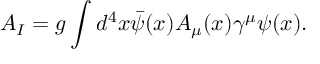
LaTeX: { \cal A } _ { I } = g \int d ^ { 4 } x \bar { \psi } ( x ) A _ { \mu } ( x ) \gamma ^ { \mu } \psi ( x ) .